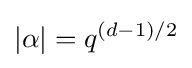
|\alpha |=q^{(d-1)/2}